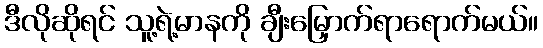
ဒီလိုဆိုရင် သူ့ရဲ့မာနကို ချီးမြှောက်ရာရောက်မယ်။